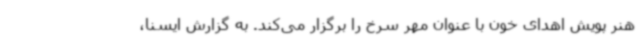
هنر پویش اهدای خون با عنوان مهر سرخ را برگزار می‌کند. به گزارش ایسنا،